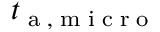
{ t } _ { \tiny { \mathrm { ~ a ~ , ~ m ~ i ~ c ~ r ~ o ~ } } }